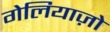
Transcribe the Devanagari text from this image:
गेलियाज़ो